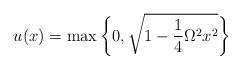
LaTeX: \begin{align*}u_{}(x) = \max\bigg\{0, \sqrt{1-\frac{1}{4}\Omega^2 x^2} \bigg\}\end{align*}